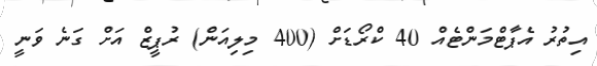
އިތުރު އެޕާޓްމަންޓެއް 40 ކްރޯޑަށް (400 މިލިއަން) ރުޕީޒް އަށް ގަނެ ވަނީ